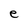
Character: e